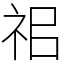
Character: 𥘰